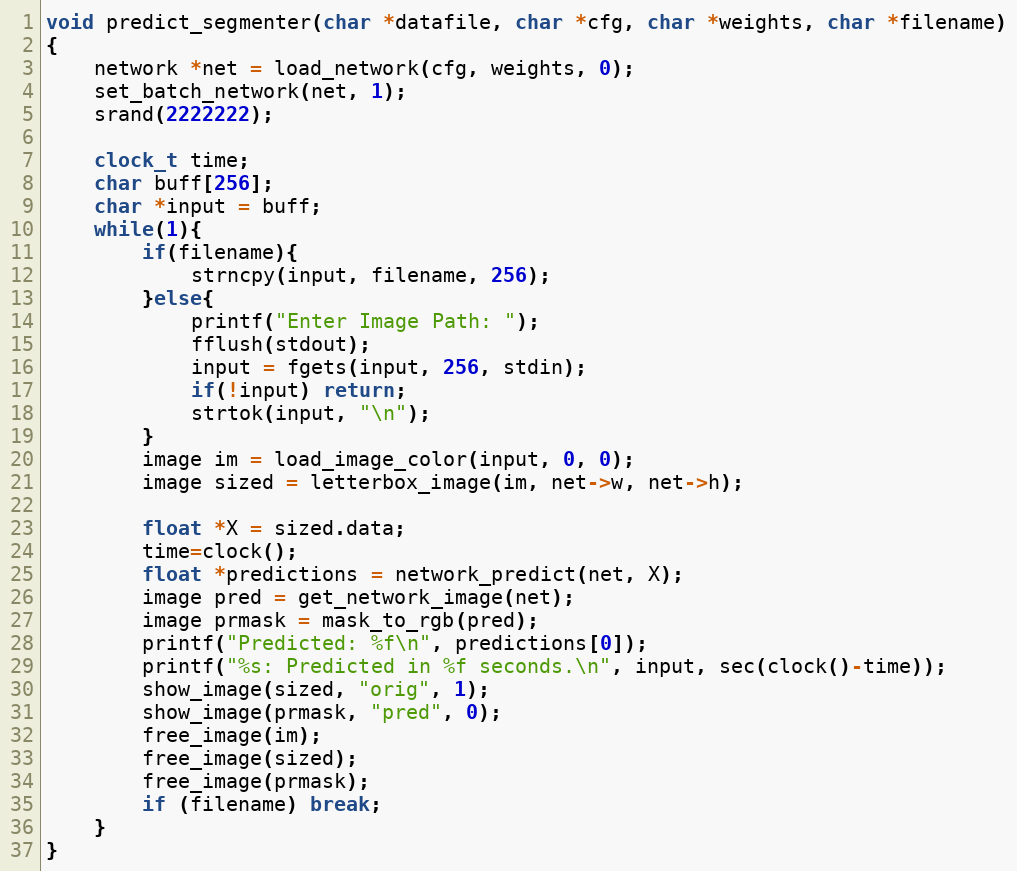
Language: C
void predict_segmenter(char *datafile, char *cfg, char *weights, char *filename)
{
    network *net = load_network(cfg, weights, 0);
    set_batch_network(net, 1);
    srand(2222222);

    clock_t time;
    char buff[256];
    char *input = buff;
    while(1){
        if(filename){
            strncpy(input, filename, 256);
        }else{
            printf("Enter Image Path: ");
            fflush(stdout);
            input = fgets(input, 256, stdin);
            if(!input) return;
            strtok(input, "\n");
        }
        image im = load_image_color(input, 0, 0);
        image sized = letterbox_image(im, net->w, net->h);

        float *X = sized.data;
        time=clock();
        float *predictions = network_predict(net, X);
        image pred = get_network_image(net);
        image prmask = mask_to_rgb(pred);
        printf("Predicted: %f\n", predictions[0]);
        printf("%s: Predicted in %f seconds.\n", input, sec(clock()-time));
        show_image(sized, "orig", 1);
        show_image(prmask, "pred", 0);
        free_image(im);
        free_image(sized);
        free_image(prmask);
        if (filename) break;
    }
}